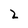
Character: 2